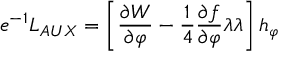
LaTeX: e ^ { - 1 } L _ { A U X } = \left[ \frac { \partial W } { \partial \varphi } - \frac { 1 } { 4 } \frac { \partial f } { \partial \varphi } \lambda \lambda \right] h _ { \varphi }